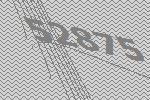
52875